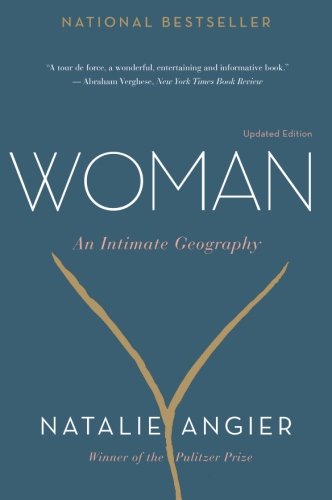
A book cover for Woman: An Intimate Geography; Natalie Angier; Health, Fitness & Dieting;